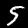
Label: 5